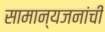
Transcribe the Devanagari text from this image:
सामान्यजनांची